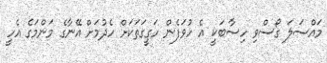
މައްސަލަ ގޯސްވި ހިސާބަކީ އެ ހުވަފެން ހަގީގަތަކަށް ހެދުމަށް އޭނާގެ މަންމަގެ އެހީ